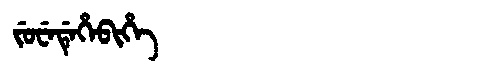
Manchu: ᠵᡠᠸᡝᡩᡝᡥᡝᠪᡳᡥᡝ
Romanization: JUWEDEHEBIHE